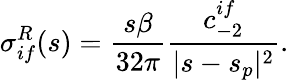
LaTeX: \sigma_{if}^{R}(s)=\frac{s\beta}{32\pi}\frac{c_{-2}^{if}}{\vert s-s_{p}\vert^{2}}.